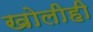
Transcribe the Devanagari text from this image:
खोलीही